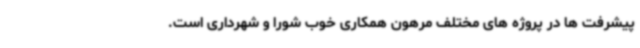
پیشرفت ها در پروژه های مختلف مرهون همکاری خوب شورا و شهرداری است.